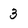
Character: 3